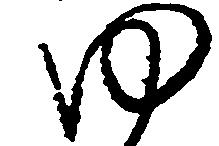
ゆ